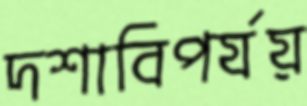
দশাবিপর্যয়